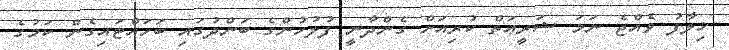
ޚިލާފު ވެއްޖެ ނަމަ ޝަރީޢަތް ކުރިއަށް ގެންދާނީ ފުލުހުންގެ ބަންދުގައި ބަހައްޓައިގެން ކަމުގެ